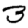
Digit: 3